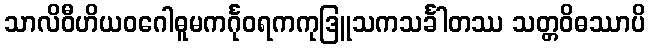
သာလိဝီဟိယဝဂေါဓူမကင်္ဂုဝရကကုဒြူသကသင်္ခါတဿ သတ္တဝိဓဿာပိ